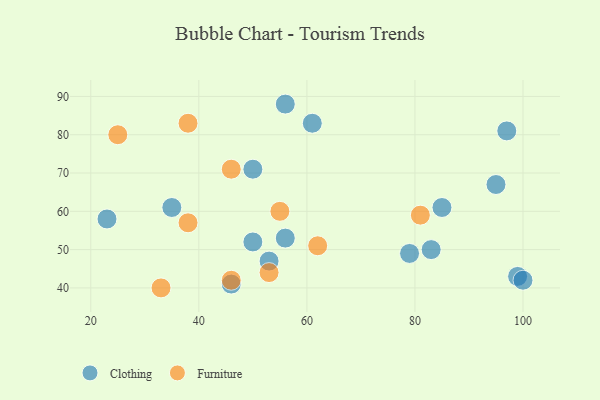
{"axis": {"x": "GDP", "y": "Life Expectancy"}, "legend": ["Clothing", "Furniture"], "data": [{"x": "85", "y": 61, "type": "Clothing"}, {"x": "95", "y": 67, "type": "Clothing"}, {"x": "56", "y": 88, "type": "Clothing"}, {"x": "50", "y": 71, "type": "Clothing"}, {"x": "53", "y": 47, "type": "Clothing"}, {"x": "23", "y": 58, "type": "Clothing"}, {"x": "99", "y": 43, "type": "Clothing"}, {"x": "79", "y": 49, "type": "Clothing"}, {"x": "56", "y": 53, "type": "Clothing"}, {"x": "46", "y": 41, "type": "Clothing"}, {"x": "97", "y": 81, "type": "Clothing"}, {"x": "100", "y": 42, "type": "Clothing"}, {"x": "50", "y": 52, "type": "Clothing"}, {"x": "83", "y": 50, "type": "Clothing"}, {"x": "61", "y": 83, "type": "Clothing"}, {"x": "35", "y": 61, "type": "Clothing"}, {"x": "46", "y": 71, "type": "Furniture"}, {"x": "53", "y": 44, "type": "Furniture"}, {"x": "33", "y": 40, "type": "Furniture"}, {"x": "38", "y": 83, "type": "Furniture"}, {"x": "25", "y": 80, "type": "Furniture"}, {"x": "81", "y": 59, "type": "Furniture"}, {"x": "55", "y": 60, "type": "Furniture"}, {"x": "62", "y": 51, "type": "Furniture"}, {"x": "38", "y": 57, "type": "Furniture"}, {"x": "46", "y": 42, "type": "Furniture"}]}